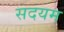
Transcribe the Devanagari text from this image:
सदयम